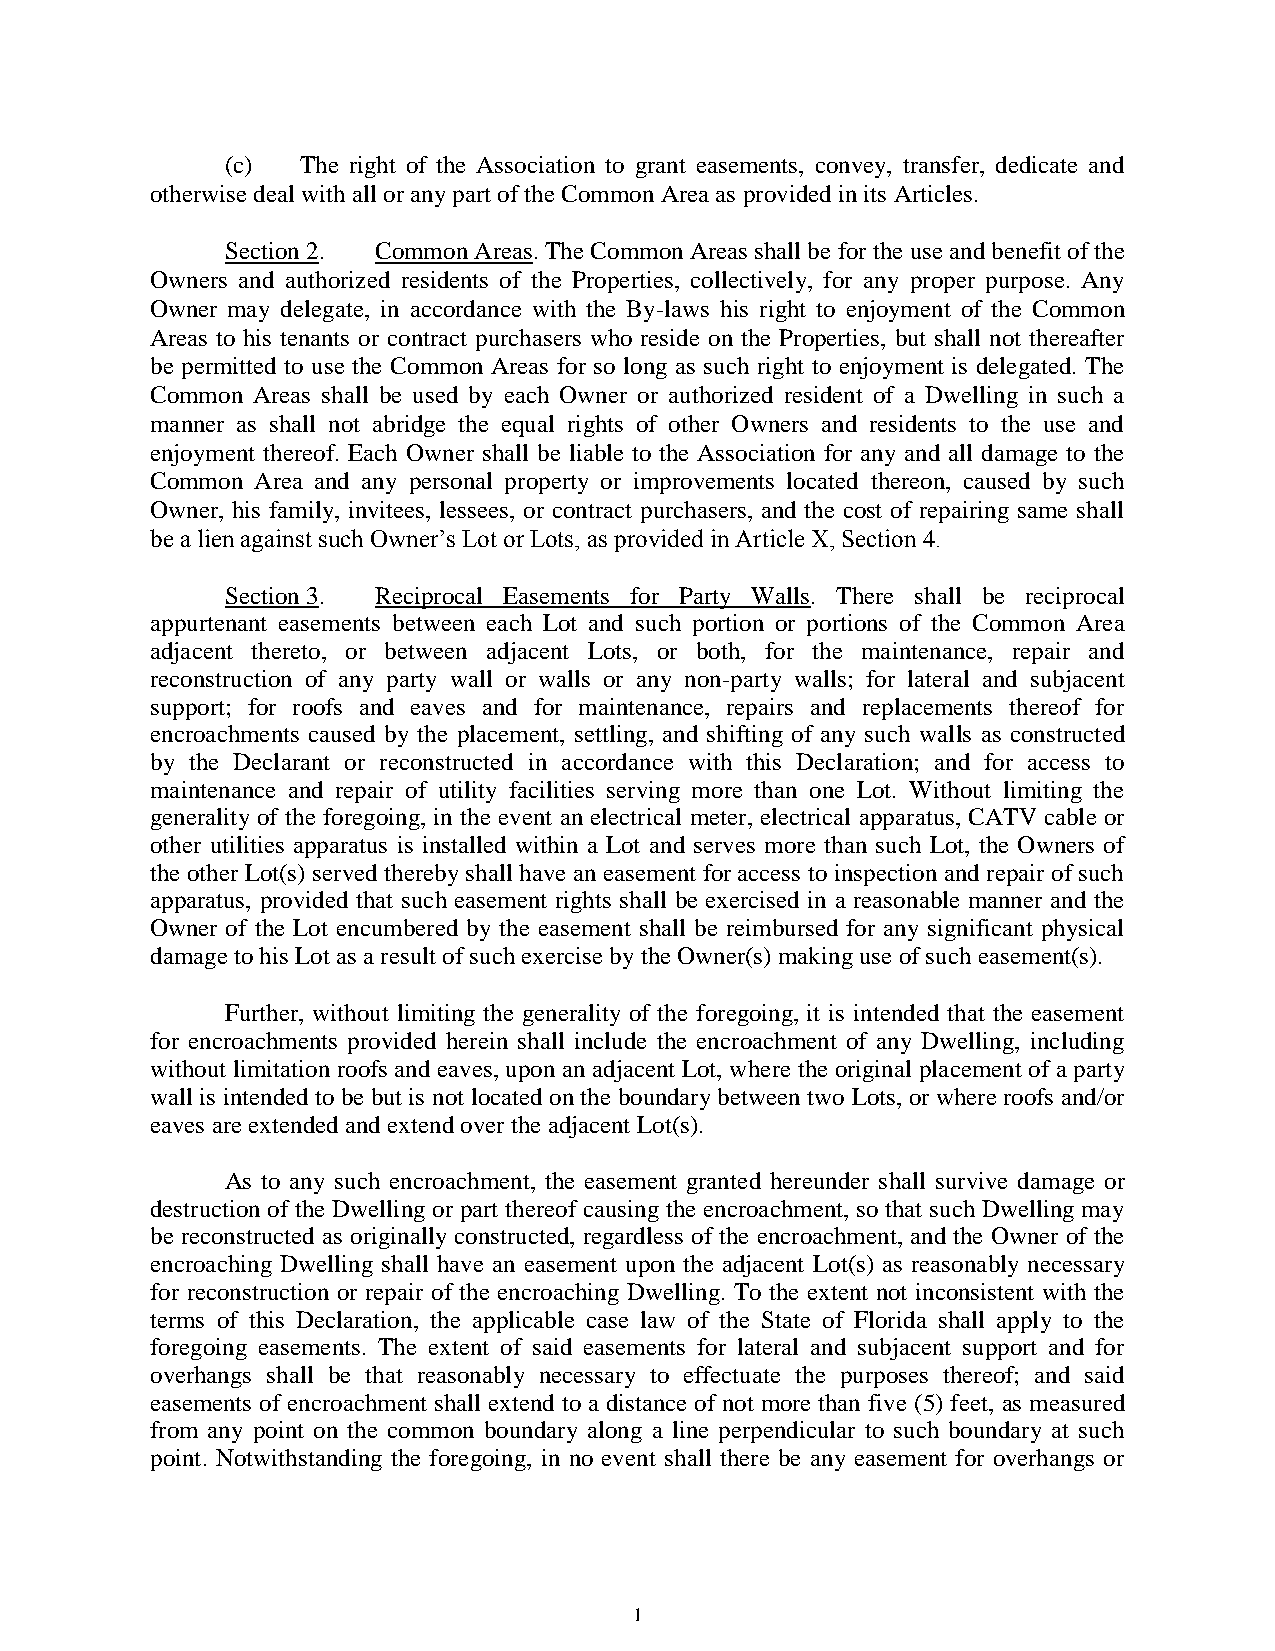
(c)  The right of the Association to grant easements, convey, transfer, dedicate and
 otherwise deal with all or any part of the Common Area as provided in its Articles.
 Section 2. Common Areas. The Common Areas shall be for the use and benefit of the
 Owners and authorized residents of the Properties, collectively, for any proper purpose. Any
 Owner may delegate, in accordance with the By-laws his right to enjoyment of the Common
 Areas to his tenants or contract purchasers who reside on the Properties, but shall not thereafter
 be permitted to use the Common Areas for so long as such right to enjoyment is delegated. The
 Common Areas shall be used by each Owner or authorized resident of a Dwelling in such a
 manner as shall not abridge the equal rights of other Owners and residents to the use and
 enjoyment thereof. Each Owner shall be liable to the Association for any and all damage to the
 Common Area and any personal property or improvements located thereon, caused by such
 Owner, his family, invitees, lessees, or contract purchasers, and the cost of repairing same shall
 be a lien against such Owner’s Lot or Lots, as provided in Article X, Section 4.
 Section 3. Reciprocal Easements for Party Walls. There shall be reciprocal
 appurtenant easements between each Lot and such portion or portions of the Common Area
 adjacent thereto, or between adjacent Lots, or both, for the maintenance, repair and
 reconstruction of any party wall or walls or any non-party walls; for lateral and subjacent
 support; for roofs and eaves and for maintenance, repairs and replacements thereof for
 encroachments caused by the placement, settling, and shifting of any such walls as constructed
 by the Declarant or reconstructed in accordance with this Declaration; and for access to
 maintenance and repair of utility facilities serving more than one Lot. Without limiting the
 generality of the foregoing, in the event an electrical meter, electrical apparatus, CATV cable or
 other utilities apparatus is installed within a Lot and serves more than such Lot, the Owners of
 the other Lot(s) served thereby shall have an easement for access to inspection and repair of such
 apparatus, provided that such easement rights shall be exercised in a reasonable manner and the
 Owner of the Lot encumbered by the easement shall be reimbursed for any significant physical
 damage to his Lot as a result of such exercise by the Owner(s) making use of such easement(s).
 Further, without limiting the generality of the foregoing, it is intended that the easement
 for encroachments provided herein shall include the encroachment of any Dwelling, including
 without limitation roofs and eaves, upon an adjacent Lot, where the original placement of a party
 wall is intended to be but is not located on the boundary between two Lots, or where roofs and/or
 eaves are extended and extend over the adjacent Lot(s).
 As to any such encroachment, the easement granted hereunder shall survive damage or
 destruction of the Dwelling or part thereof causing the encroachment, so that such Dwelling may
 be reconstructed as originally constructed, regardless of the encroachment, and the Owner of the
 encroaching Dwelling shall have an easement upon the adjacent Lot(s) as reasonably necessary
 for reconstruction or repair of the encroaching Dwelling. To the extent not inconsistent with the
 terms of this Declaration, the applicable case law of the State of Florida shall apply to the
 foregoing easements. The extent of said easements for lateral and subjacent support and for
 overhangs shall be that reasonably necessary to effectuate the purposes thereof; and said
 easements of encroachment shall extend to a distance of not more than five (5) feet, as measured
 from any point on the common boundary along a line perpendicular to such boundary at such
 point. Notwithstanding the foregoing, in no event shall there be any easement for overhangs or
 1